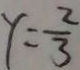
y = \frac { 2 } { 3 }